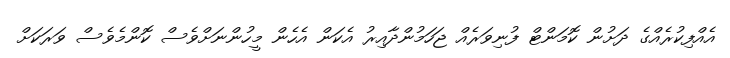
އެއްފިކުރެއްގެ ދަށުން ކޮމަންޓް ފުނިވަރެއް ޖަހަމުންދާއިރު އެކަން އެހެން މީހުންނަށްވެސް ކޮންމެވެސް ވަރަކަށް